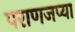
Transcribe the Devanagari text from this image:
पराणजप्या